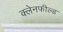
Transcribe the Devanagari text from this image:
क्लेनफील्ड